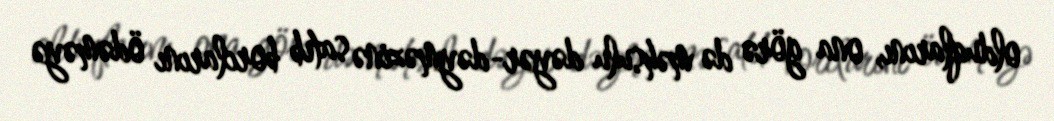
olduqlarını, ona görə də məhsulu dəyər-dəyməzinə satıb borclarını ödəməyə